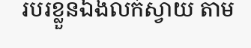
របរខ្លួនឯងលក់ស្វាយ តាម